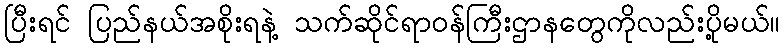
ပြီးရင် ပြည်နယ်အစိုးရနဲ့ သက်ဆိုင်ရာဝန်ကြီးဌာနတွေကိုလည်းပို့မယ်။